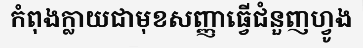
កំពុងក្លាយជាមុខសញ្ញាធ្វើជំនួញហ្វូង